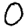
Digit: 0